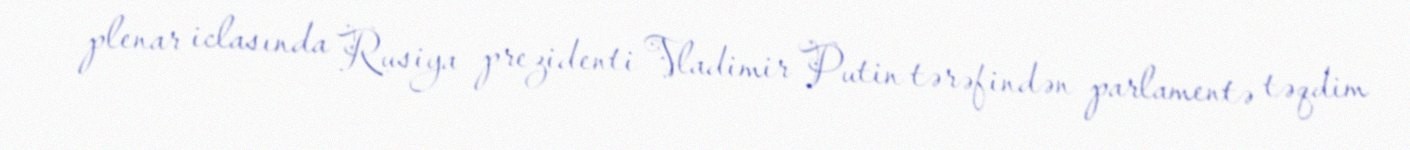
plenar iclasında Rusiya prezidenti Vladimir Putin tərəfindən parlamentə təqdim